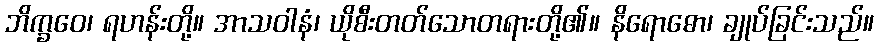
ဘိက္ခဝေ၊ ရဟန်းတို့။ အာသဝါနံ၊ ယိုစီးတတ်သောတရားတို့၏။ နိရောဓော၊ ချုပ်ခြင်းသည်။